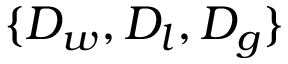
\{ D _ { w } , D _ { l } , D _ { g } \}